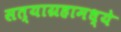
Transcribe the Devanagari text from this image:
सत्याग्रहामध्ये